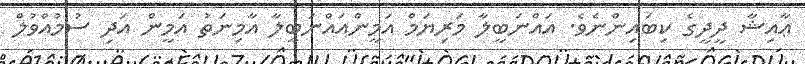
ޢާއިޝާ ދީދީގެ ކިބައިންނެވެ. އައްނަބީލާ މަރިޔަމް އަމީންއައްނަބީލާ އާމިނަތު އަމީން އަދި ސުމުއްވުލް